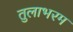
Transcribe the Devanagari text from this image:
तुलाभरम